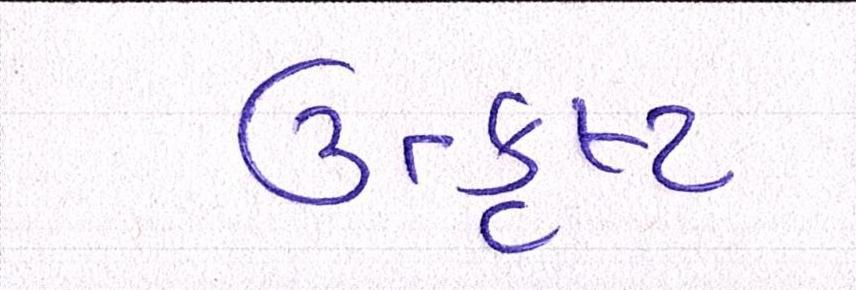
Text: ઉત્કૃષ્ટ